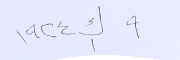
٩ ك١ ١٩٢٤